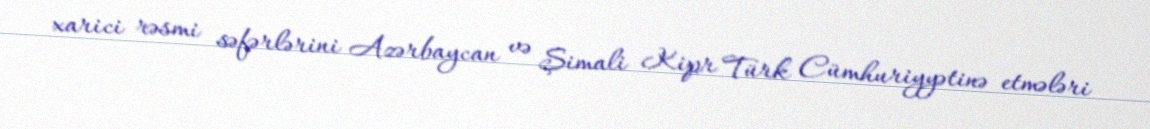
xarici rəsmi səfərlərini Azərbaycan və Şimali Kipr Türk Cümhuriyyətinə etmələri